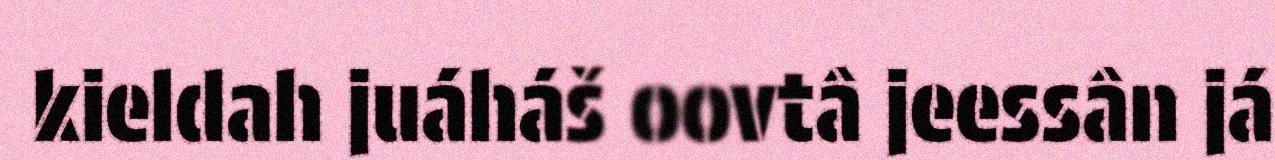
kieldah juáháš oovtâ jeessân já